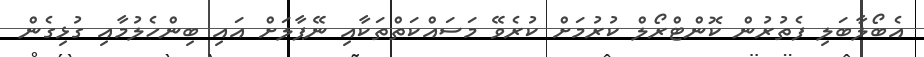
އެބޯލާބަލި ފެތުރުން ކޮންޓްރޯލް ކުރުމަށް ކުރެވޭ މަސައްކަތްތަކާއި ނޭޕާލަށް އައި ބިންހެލުމާއި ގުޅިގެން